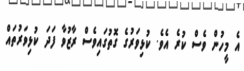
އެ މީހުން ވެސް ކުރެ އެވެ. ކުޅިވަރުގެ ގޮތުގައިވެސް ރާޒުވާ ފަދަ ކުޅިވަރުތައް